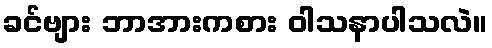
ခင်ဗျား ဘာအားကစား ဝါသနာပါသလဲ။